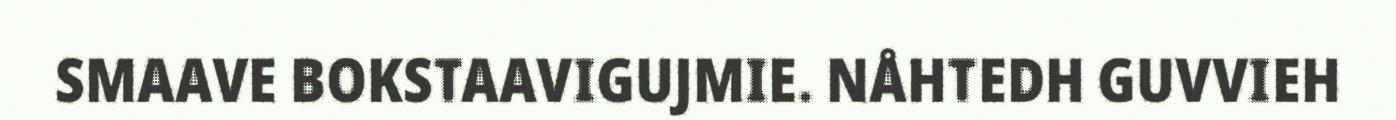
SMAAVE BOKSTAAVIGUJMIE. NÅHTEDH GUVVIEH